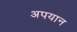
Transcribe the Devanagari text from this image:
अपयान